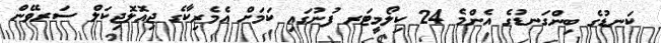
ކަނޑުގެ ބިންގަނޑުގެ އެންމެ 24 ކިލޯމީޓަރ ފުނުގައި ކަމަށް އެމެރިކާގެ ޖިއޮލޮޖިކަލް ސަރވޭން